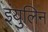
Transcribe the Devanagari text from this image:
इंयुलिन